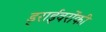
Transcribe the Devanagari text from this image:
ड्राईवरोंकी